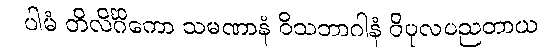
ပါမံ တိလိင်္ဂိကော သမဏာနံ ဝိသဘာဂါနံ ဝိပုလပညတာယ